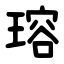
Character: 瑢